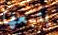
يتبعها